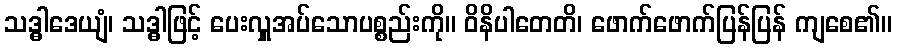
သဒ္ဓါဒေယျံ၊ သဒ္ဓါဖြင့် ပေးလှူအပ်သောပစ္စည်းကို။ ဝိနိပါတေတိ၊ ဖောက်ဖောက်ပြန်ပြန် ကျစေ၏။